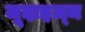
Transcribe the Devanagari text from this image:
जूदाइज़्म